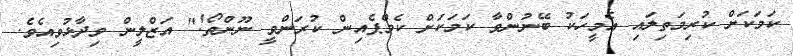
ކަމަކަށް ކުރިމަތިލައި އެމީހަކު ބޭނުންވާ ކަމަކަށް ކެމްޕެއިން ކުރަންވީ ނޫންތޯ!" އަޒްލީން ވިދާޅުވިއެވެ.